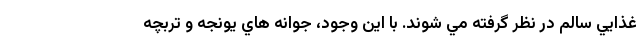
غذايي سالم در نظر گرفته مي شوند. با اين وجود، جوانه هاي يونجه و تربچه